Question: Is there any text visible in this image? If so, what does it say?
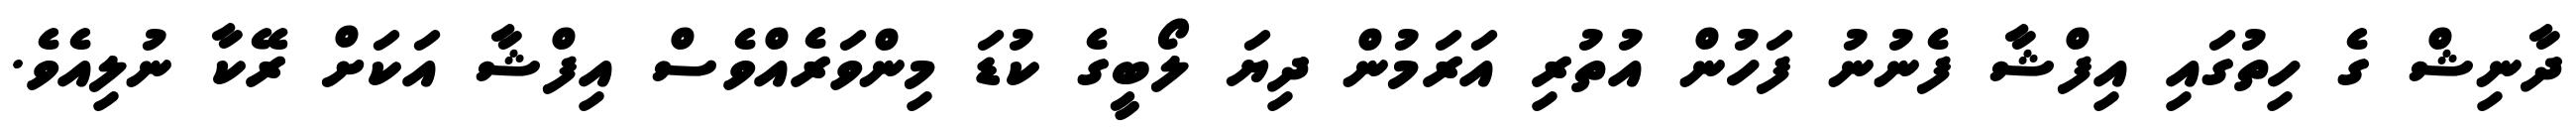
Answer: ދާނިޝް ގެ ހިތުގައި އިފްޝާ ފެނުނު ފަހުން އުތުރި އަރަމުން ދިޔަ ލޯބީގެ ކުޑަ މިންވަރެއްވެސް އިފްޝާ އަކަށް ރޭކާ ނުލިއެވެ.